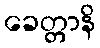
ခေတ္တာနိ